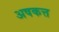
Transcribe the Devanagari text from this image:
अषकत्त